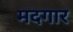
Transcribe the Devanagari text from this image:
मदगार